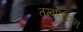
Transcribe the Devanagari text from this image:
तम्बाकूदान